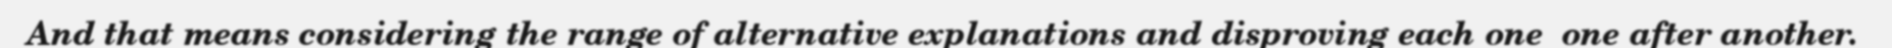
And that means considering the range of alternative explanations and disproving each one  one after another.